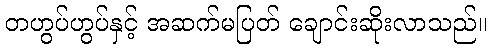
တဟွပ်ဟွပ်နှင့် အဆက်မပြတ် ချောင်းဆိုးလာသည်။